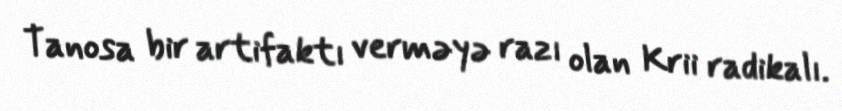
Tanosa bir artifaktı verməyə razı olan Krii radikalı.